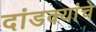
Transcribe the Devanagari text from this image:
दांडक्यांचे